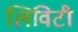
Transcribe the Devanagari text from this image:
लिविटी